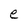
Character: e